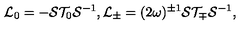
{ \cal L } _ { 0 } = - { \cal S } { \cal T } _ { 0 } { \cal S } ^ { - 1 } , { \cal L } _ { \pm } = ( 2 \omega ) ^ { \pm 1 } { \cal S } { \cal T } _ { \mp } { \cal S } ^ { - 1 } ,